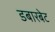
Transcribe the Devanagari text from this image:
डबारबेट